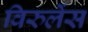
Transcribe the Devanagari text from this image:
विरुलेंस